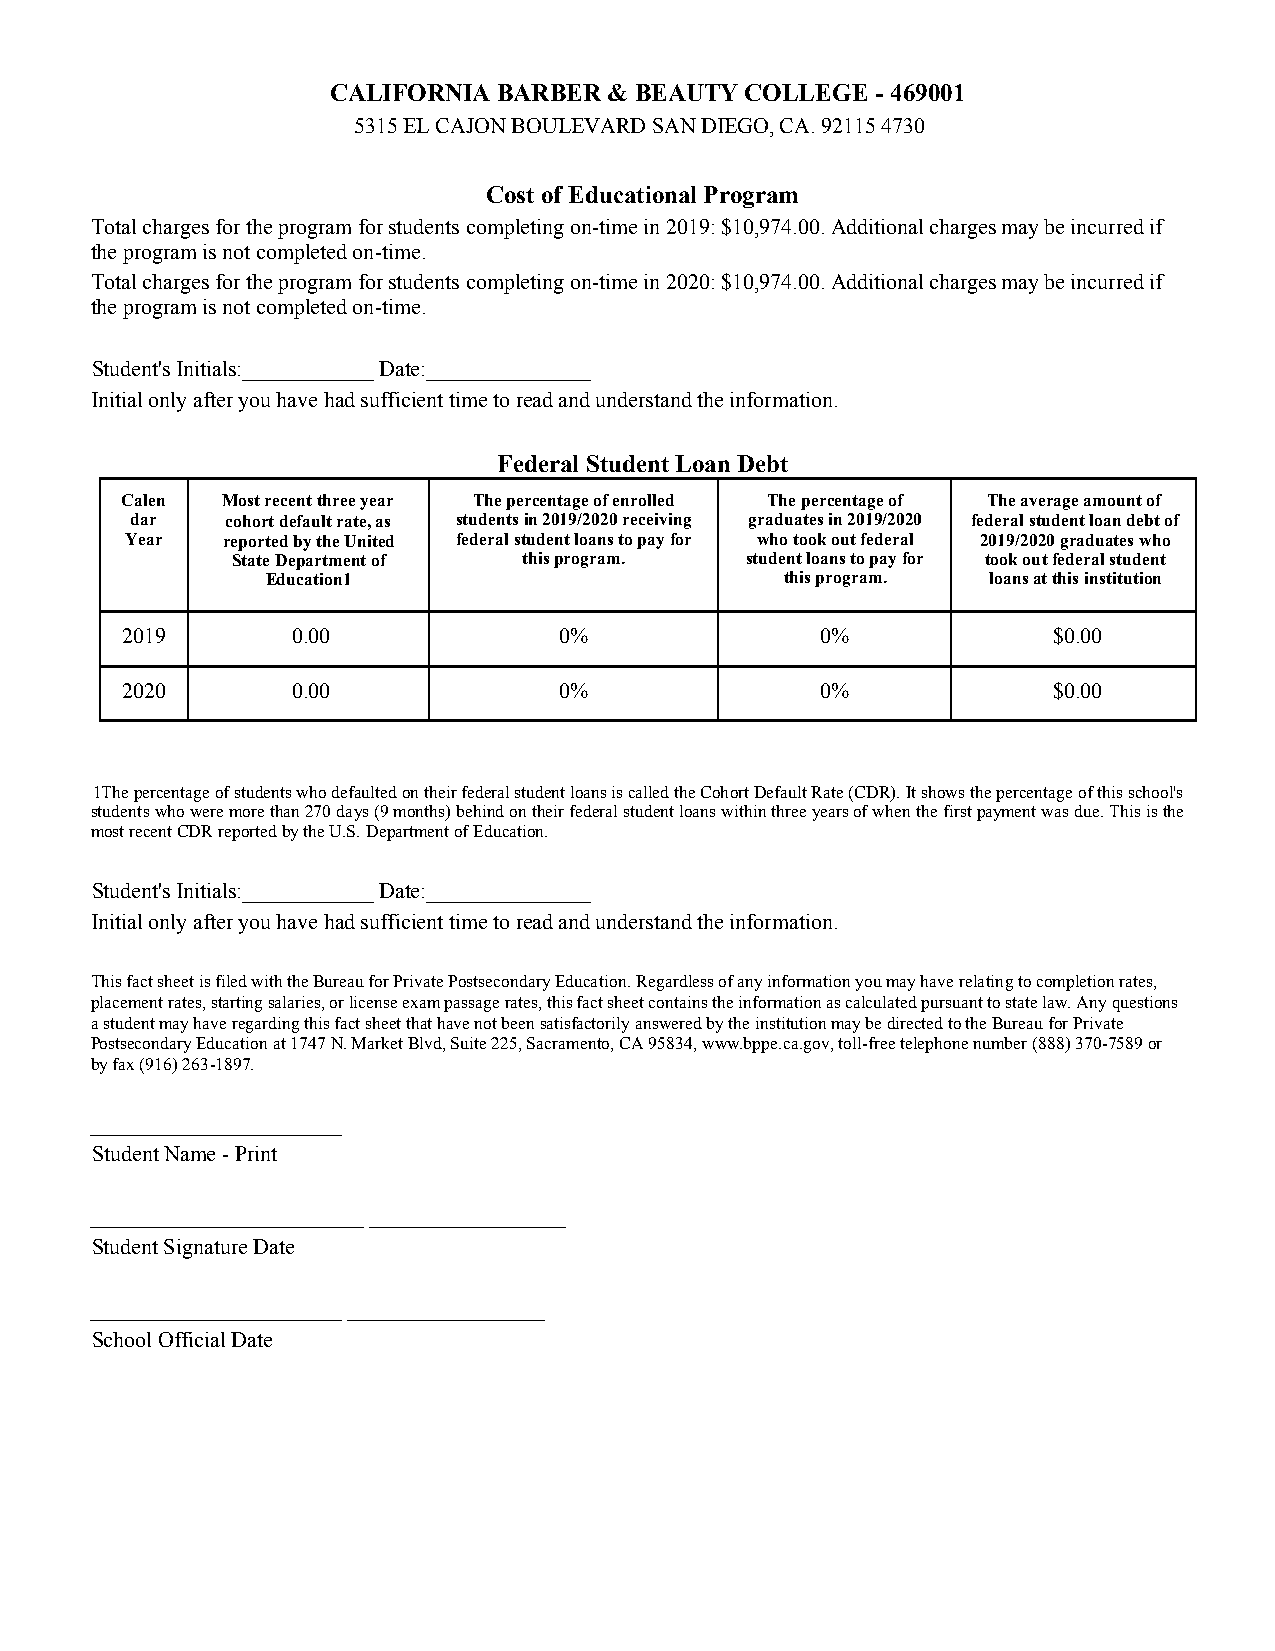
CALIFORNIA BARBER & BEAUTY COLLEGE  - 469001
 5315 EL CAJON BOULEVARD SAN DIEGO, CA. 92115 4730
 Cost of Educational Program
 Total charges for the program for students completing on-time in 2019: $10,974.00. Additional charges may be incurred if
 the program is not completed on-time.
 Total charges for the program for students completing on-time in 2020: $10,974.00. Additional charges may be incurred if
 the program is not completed on-time.
 Student's Initials:____________ Date:_______________
 Initial only after you have had sufficient time to read and understand the information.
 Federal Student Loan Debt
 Calen  Most recent three year The percentage of enrolled The percentage of The average amount of
 dar   cohort default rate, as students in 2019/2020 receiving graduates in 2019/2020 federal student loan debt of
 Year   reported by the United federal student loans to pay for who took out federal 2019/2020 graduates who
 State Department of this program. student loans to pay for took out federal student
 Education1                        this program. loans at this institution
 2019       0.00              0%               0%              $0.00
 2020       0.00              0%               0%              $0.00
 1The percentage of students who defaulted on their federal student loans is called the Cohort Default Rate (CDR). It shows the percentage of this school's
 students who were more than 270 days (9 months) behind on their federal student loans within three years of when the first payment was due. This is the
 most recent CDR reported by the U.S. Department of Education.
 Student's Initials:____________ Date:_______________
 Initial only after you have had sufficient time to read and understand the information.
 This fact sheet is filed with the Bureau for Private Postsecondary Education. Regardless of any information you may have relating to completion rates,
 placement rates, starting salaries, or license exam passage rates, this fact sheet contains the information as calculated pursuant to state law. Any questions
 a student may have regarding this fact sheet that have not been satisfactorily answered by the institution may be directed to the Bureau for Private
 Postsecondary Education at 1747 N. Market Blvd, Suite 225, Sacramento, CA 95834, www.bppe.ca.gov, toll-free telephone number (888) 370-7589 or
 by fax (916) 263-1897.
 _______________________
 Student Name - Print
 _________________________ __________________
 Student Signature Date
 _______________________ __________________
 School Official Date